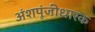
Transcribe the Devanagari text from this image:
अंशपूंजीधारक